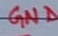
Text: GND